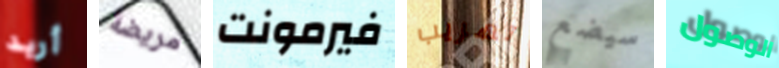
أريد مريضة فيرمونت تهريب سيضع الوصول